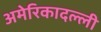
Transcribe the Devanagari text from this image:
अमेरिकादल्ली